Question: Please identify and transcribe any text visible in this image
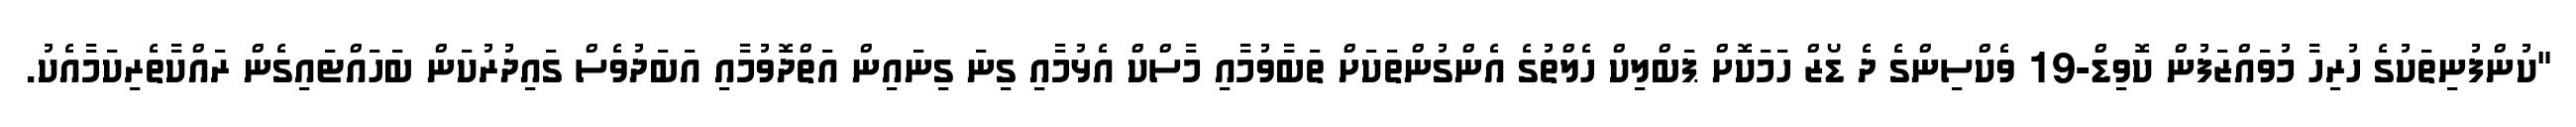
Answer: "ކުންފުނިތަކުގެ ހުރިހާ މުވައްޒަފުން ކޮވިޑް-19 ވެކްސިންގެ ދެ ޑޯޒް ހަމަކޮށް ޕަބްލިކް ހެލްތުގެ އެންގުންތަކަށް ތަބާވުމާއި މާސްކް އެޅުމާއި ގިނަ ގިނައިން އަތްދޮވުމާއި އަބަދުވެސް ގައިދުރުކަން ބަހައްޓައިގެން ރައްކާތެރިކަމާއެކު.